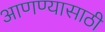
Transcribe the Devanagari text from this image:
आणण्‍यासाठी